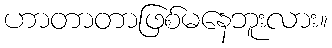
ဟာတာတာဖြစ်မနေဘူးလား။